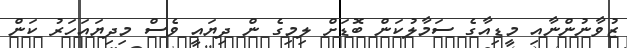
ޒުވާނުންނާއި މީޑިއާގެ ސަމާލުކަން ބޮޑަށް ލިމިގެ ން ދިޔައީ ވެސް މިދިޔައަހަރު ކަން